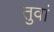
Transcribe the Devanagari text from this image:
तुवां